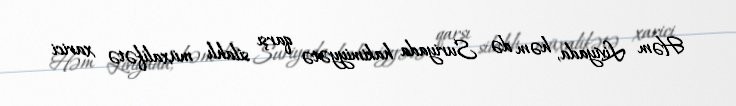
Həm Liviyada, həm də Suriyada hakimiyyətə qarşı silahlı müxalifətə xarici